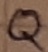
Text: Q